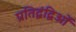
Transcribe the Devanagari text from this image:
प्रतिद्वंद्विओं